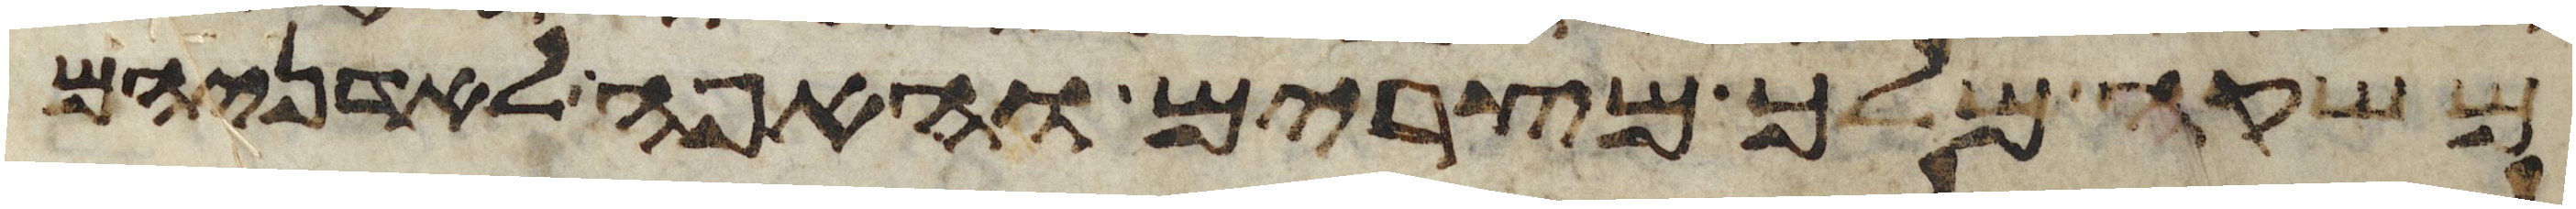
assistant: משקה מלך מצרים והאפה לאדניהם